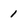
Character: 1